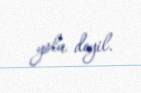
yolu deyil.